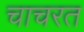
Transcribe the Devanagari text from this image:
चाचरत